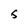
Character: 5